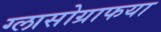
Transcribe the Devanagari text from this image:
ग्लासोग्राफया